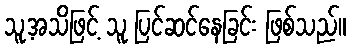
သူ့အသိဖြင့် သူ ပြင်ဆင်နေခြင်း ဖြစ်သည်။